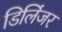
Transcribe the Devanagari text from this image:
डिलिंजर